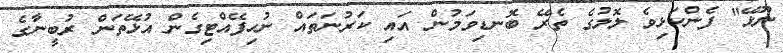
ނޫޅޭ" ފެންކަޅިވެ ލޮލުގެ ތެރޭ ބޮނޑިވަމުން އައި ކަރުނަތައް ނުހިފޭއްޓިގެން އުޅޭތަން ރުބީނާގެ